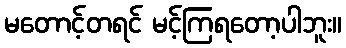
မတောင့်တရင် မင့်ကြရတော့ပါဘူး။